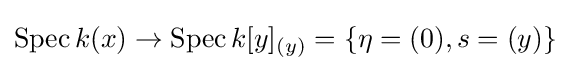
\operatorname {Spec} k(x)\to \operatorname {Spec} k[y]_{(y)}=\{\eta =(0),s=(y)\}